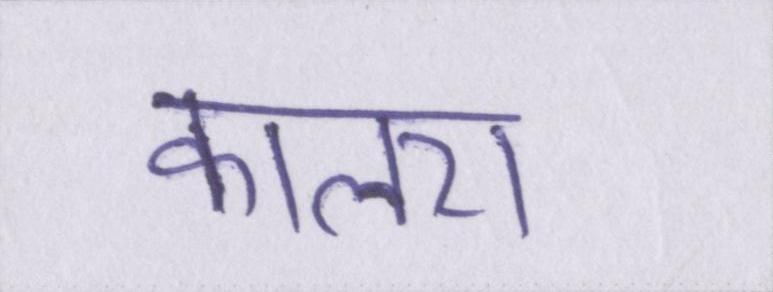
कालरा